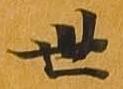
世